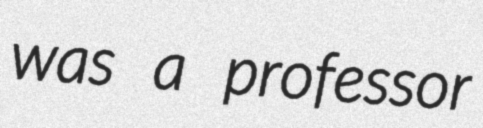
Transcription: was a professor